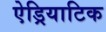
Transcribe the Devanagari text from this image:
ऐड्रियाटिक